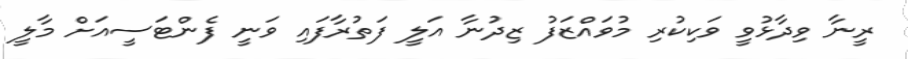
ރީނާ ވިދާޅުވީ ވަކިކުރި މުވައްޒަފު ޒިދުނާ އަލީ ފަތުރާފައި ވަނީ ފެންޓަސީއަށް މާލީ